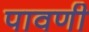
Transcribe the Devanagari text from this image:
पावणी